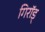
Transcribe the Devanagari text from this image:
गिरॉड्